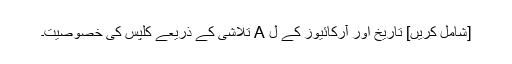
[شامل کریں] تاریخ اور آرکائیوز کے ل A تلاشی کے ذریعے کلپس کی خصوصیت۔